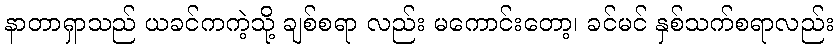
နာတာရှာသည် ယခင်ကကဲ့သို့ ချစ်စရာ လည်း မကောင်းတော့၊ ခင်မင် နှစ်သက်စရာလည်း